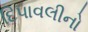
દિપાવલીનો